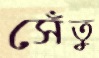
সেঁতু